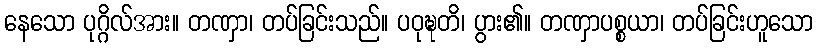
နေသော ပုဂ္ဂိလ်အား။ တဏှာ၊ တပ်ခြင်းသည်။ ပဝုဍ္ဎတိ၊ ပွား၏။ တဏှာပစ္စယာ၊ တပ်ခြင်းဟူသော